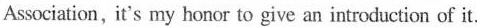
Association, it's my honor to give an introduction of it.